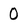
Character: 0